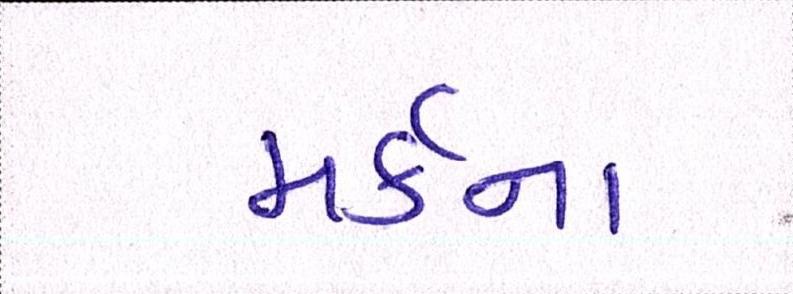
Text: મર્કના